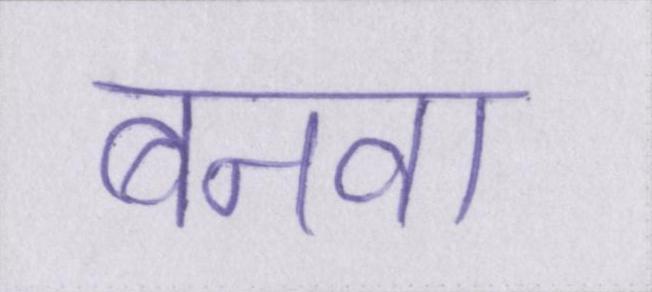
बनवा